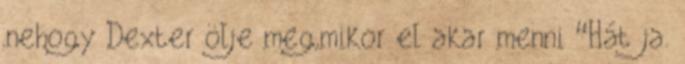
,nehogy Dexter ölje meg,mikor el akar menni “Hát ja.